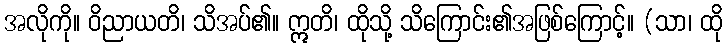
အလိုကို။ ဝိညာယတိ၊ သိအပ်၏။ ဣတိ၊ ထိုသို့ သိကြောင်း၏အဖြစ်ကြောင့်။ (သာ၊ ထို